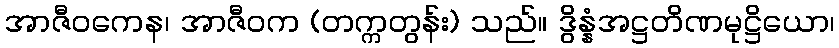
အာဇီဝကေန၊ အာဇီဝက (တက္ကတွန်း) သည်။ ဒွိန္နံအဋ္ဌတိဏမုဋ္ဌိယော၊